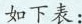
如下表：